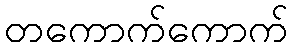
တကောက်ကောက်